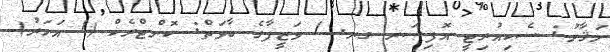
މަޤާމު: ސެކިއުރިޓީ އޮފިސަރ ގރ. 1 ވަޒީފާގެ ބާވަތް: ކޮންޓްރެކް (1 އަހަރު)